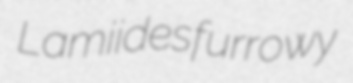
Lamiides furrowy